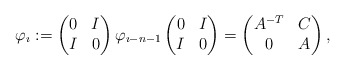
\begin{align*}\varphi_{\imath}:=\begin{pmatrix}0 & I\\I & 0\end{pmatrix}\varphi_{\imath-n-1}\begin{pmatrix}0 & I\\I & 0\end{pmatrix}=\begin{pmatrix}A^{-T} & C\\0 & A\end{pmatrix},\end{align*}